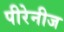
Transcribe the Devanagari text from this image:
पीरेनीज